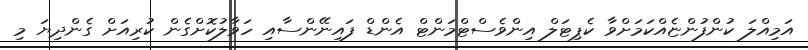
އަމިއްލަ ކުންފުންޏެއްކަމަށްވާ ކެޕިޓަލް އިންވެސްޓްމަންޓް އެންޑް ފައިނޭންސާއި ހަވާލުކޮށްގެން ކުރިއަށް ގެންދިޔަ މި